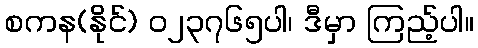
စကန(နိုင်) ၀၂၃၇၆၅ပါ၊ ဒီမှာ ကြည့်ပါ။